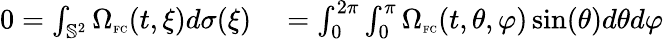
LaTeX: \begin{array}{rl}{0=\int_{\mathbb{S}^{2}}\Omega_{\textnormal{\tiny{FC}}}(t,\xi)d\sigma(\xi)}&{{}=\int_{0}^{2\pi}\int_{0}^{\pi}\Omega_{\textnormal{\tiny{FC}}}(t,\theta,\varphi)\sin(\theta)d\theta d\varphi}\end{array}